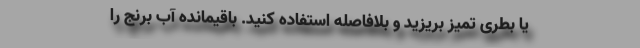
یا بطری تمیز بریزید و بلافاصله استفاده کنید. باقیمانده آب برنج را